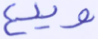
ويدع